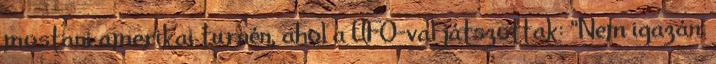
mostani amerikai turnén, ahol a UFO-val játszottak: "Nem igazán.